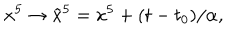
LaTeX: x ^ { 5 } \to \tilde { x } ^ { 5 } = x ^ { 5 } + ( t - t _ { 0 } ) / \alpha ,